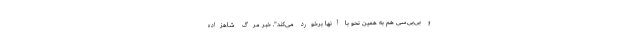
و بی‌بی‌سی هم به همین نحو با آنها برخورد می‌کند". خبر مرگ شاهزاده